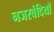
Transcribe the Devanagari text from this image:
नजरबंदियाँ